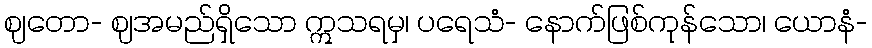
ဈတော- ဈအမည်ရှိသော ဣသရမှ၊ ပရေသံ- နောက်ဖြစ်ကုန်သော၊ ယောနံ-